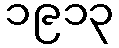
၁၉၁၃